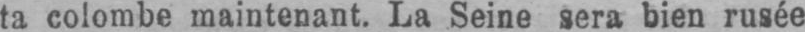
ta colombe maintenant. La Seine sera bien rusée